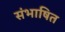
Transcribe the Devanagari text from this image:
संभाषित